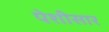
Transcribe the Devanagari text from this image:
पेशीसार